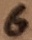
Text: 6